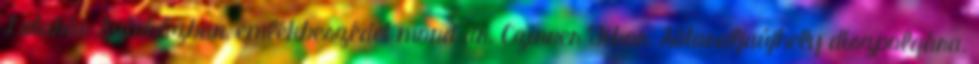
Latabár Színházban, emlékbeszédet mond dr. Czinner Tibor, Sátoraljaújhely díszpolgára.